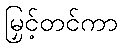
မြှင့်တင်ကာ